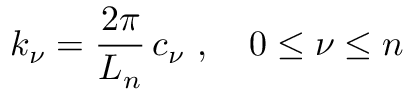
k _ { \nu } = \frac { 2 \pi } { L _ { n } } \, c _ { \nu } \ , \quad 0 \leq \nu \leq n